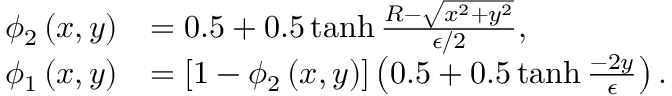
\begin{array} { r l } { \phi _ { 2 } \left( x , y \right) } & { = 0 . 5 + 0 . 5 \operatorname { t a n h } \frac { R - \sqrt { x ^ { 2 } + y ^ { 2 } } } { \epsilon / 2 } , } \\ { \phi _ { 1 } \left( x , y \right) } & { = \left[ 1 - \phi _ { 2 } \left( x , y \right) \right] \left( 0 . 5 + 0 . 5 \operatorname { t a n h } \frac { - 2 y } { \epsilon } \right) . } \end{array}